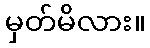
မှတ်မိလား။